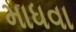
માધવા